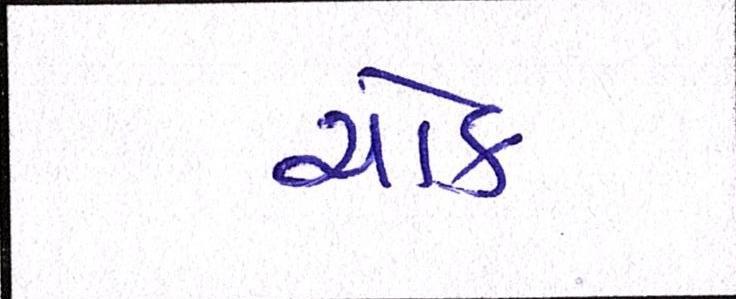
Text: ચોક